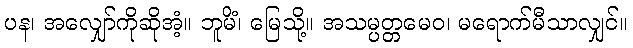
ပန၊ အလျှော်ကိုဆိုအံ့။ ဘူမိံ၊ မြေသို့။ အသမ္ပတ္တမေဝ၊ မရောက်မီသာလျှင်။